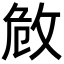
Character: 𢼮